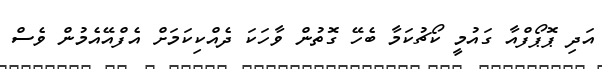
އަދި ޕޮޕޯފްއާ ގައުމީ ކޯޗުކަމާ ބެހޭ ގޮތުން ވާހަކަ ދެއްކިކަމަށް އެފްއޭއެމުން ވެސް